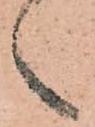
之